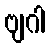
ဗျဂါ